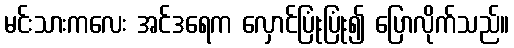
မင်းသားကလေး အင်ဒရေက လှောင်ပြုံးပြုံး၍ ပြောလိုက်သည်။